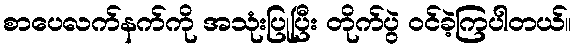
စာပေလက်နက်ကို အသုံးပြုပြီး တိုက်ပွဲ ဝင်ခဲ့ကြပါတယ်။